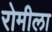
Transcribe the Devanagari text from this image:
रोमीला